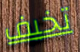
تخيف